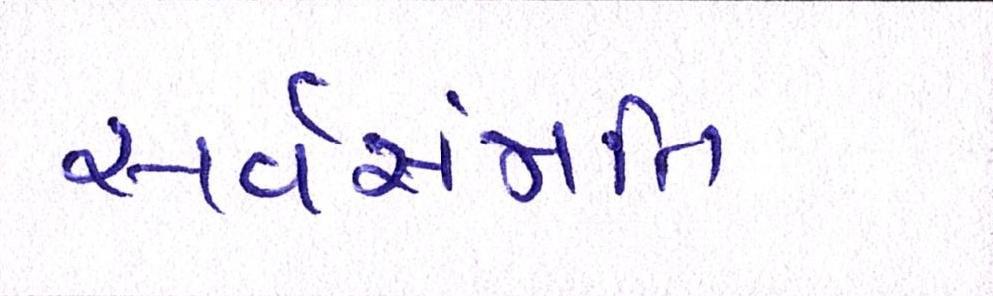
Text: સર્વસંમતિ